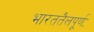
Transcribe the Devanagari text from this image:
भारततैलपूर्णः